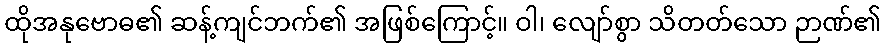
ထိုအနုဗောဓ၏ ဆန့်ကျင်ဘက်၏ အဖြစ်ကြောင့်။ ဝါ၊ လျော်စွာ သိတတ်သော ဉာဏ်၏